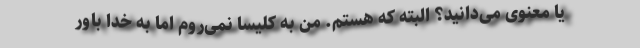
یا معنوی می‌دانید؟ البته که هستم. من به کلیسا نمی‌روم اما به خدا باور